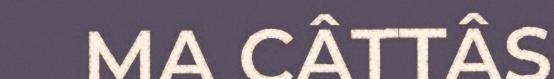
MA CÂTTÂS